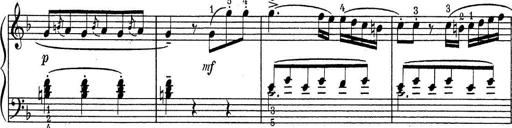
Title: ÄŒeskÃ© Sonatiny
Composer: Various